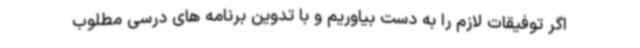
اگر توفیقات لازم را به دست بیاوریم و با تدوین برنامه های درسی مطلوب